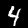
Label: 4